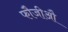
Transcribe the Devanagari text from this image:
फौजीऔ